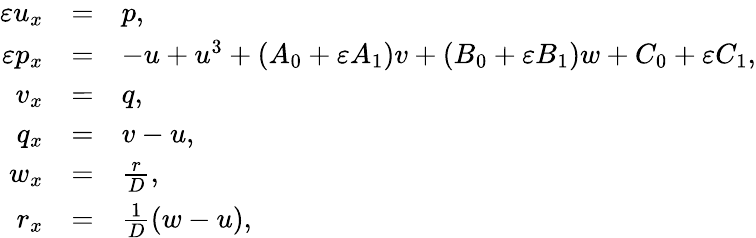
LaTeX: \begin{array}{rcl}{\varepsilon u_{x}}&{=}&{p,}\\ {\varepsilon p_{x}}&{=}&{-u+u^{3}+(A_{0}+\varepsilon A_{1})v+(B_{0}+\varepsilon B_{1})w+C_{0}+\varepsilon C_{1},}\\ {v_{x}}&{=}&{q,}\\ {q_{x}}&{=}&{v-u,}\\ {w_{x}}&{=}&{\frac{r}{D},}\\ {r_{x}}&{=}&{\frac{1}{D}(w-u),}\end{array}